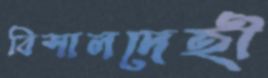
বিশালদেহী